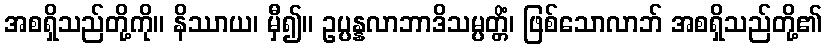
အစရှိသည်တို့ကို။ နိဿာယ၊ မှီ၍။ ဥပ္ပန္နလာဘာဒိသမ္ပတ္တိံ၊ ဖြစ်သောလာဘ် အစရှိသည်တို့၏